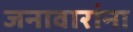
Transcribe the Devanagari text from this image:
जनावारांना